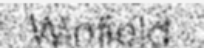
Winfield